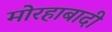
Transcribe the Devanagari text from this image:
मोरहाबादी